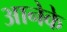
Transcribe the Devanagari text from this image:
आनेके